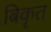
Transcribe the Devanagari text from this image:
बिकृत